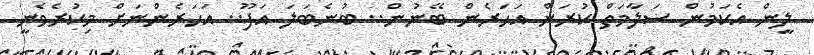
ލީން އެކަމުން ސަލާމަތް ކުރަން އަހަރެން ބޭނުން.. ބުނެބަލަ އަފޫ.. އަހަރެންނަށް މިކުރެވެނީ